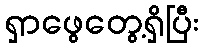
ရှာဖွေတွေ့ရှိပြီး